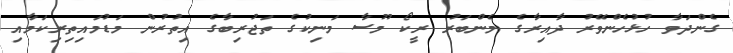
ގެންދަވާ ހުޅުހެންވޭރު ދާއިރާގެ މެންބަރު ރީކޯ މޫސާ މަނިކުގެ ތަޖުރިބާގެ އިތުރުން މަޑުމައިތިރިކަމާއި